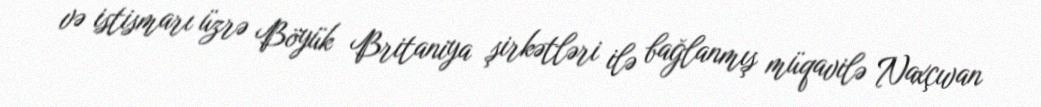
və istismarı üzrə Böyük Britaniya şirkətləri ilə bağlanmış müqavilə Naxçıvan